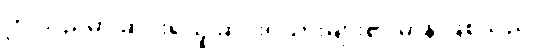
ဤသည်မှာ ဆင်းရဲသူ ဆင်းရဲသားများ၏ မာန ဖြစ်သည်။